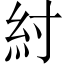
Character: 紂